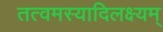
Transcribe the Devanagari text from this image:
तत्वमस्यादिलक्ष्यम्‌